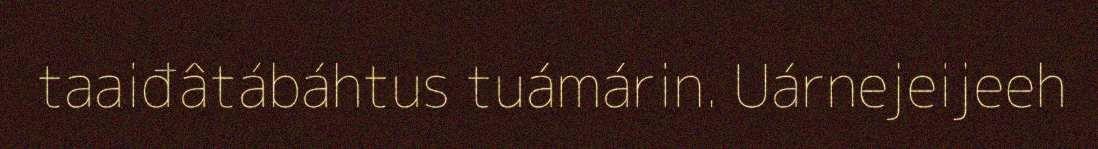
taaiđâtábáhtus tuámárin. Uárnejeijeeh